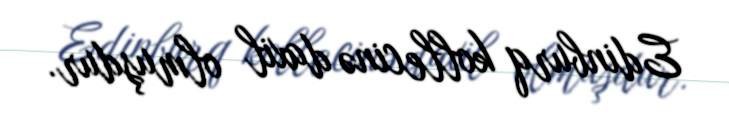
Edinburq kollecinə daxil olmuşdur.